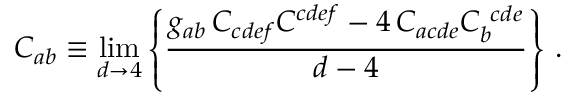
C _ { a b } \equiv \operatorname * { l i m } _ { d \rightarrow 4 } \left\{ { \frac { g _ { a b } \, C _ { c d e f } C ^ { c d e f } - 4 \, C _ { a c d e } C _ { b } ^ { \ c d e } } { d - 4 } } \right\} \, .